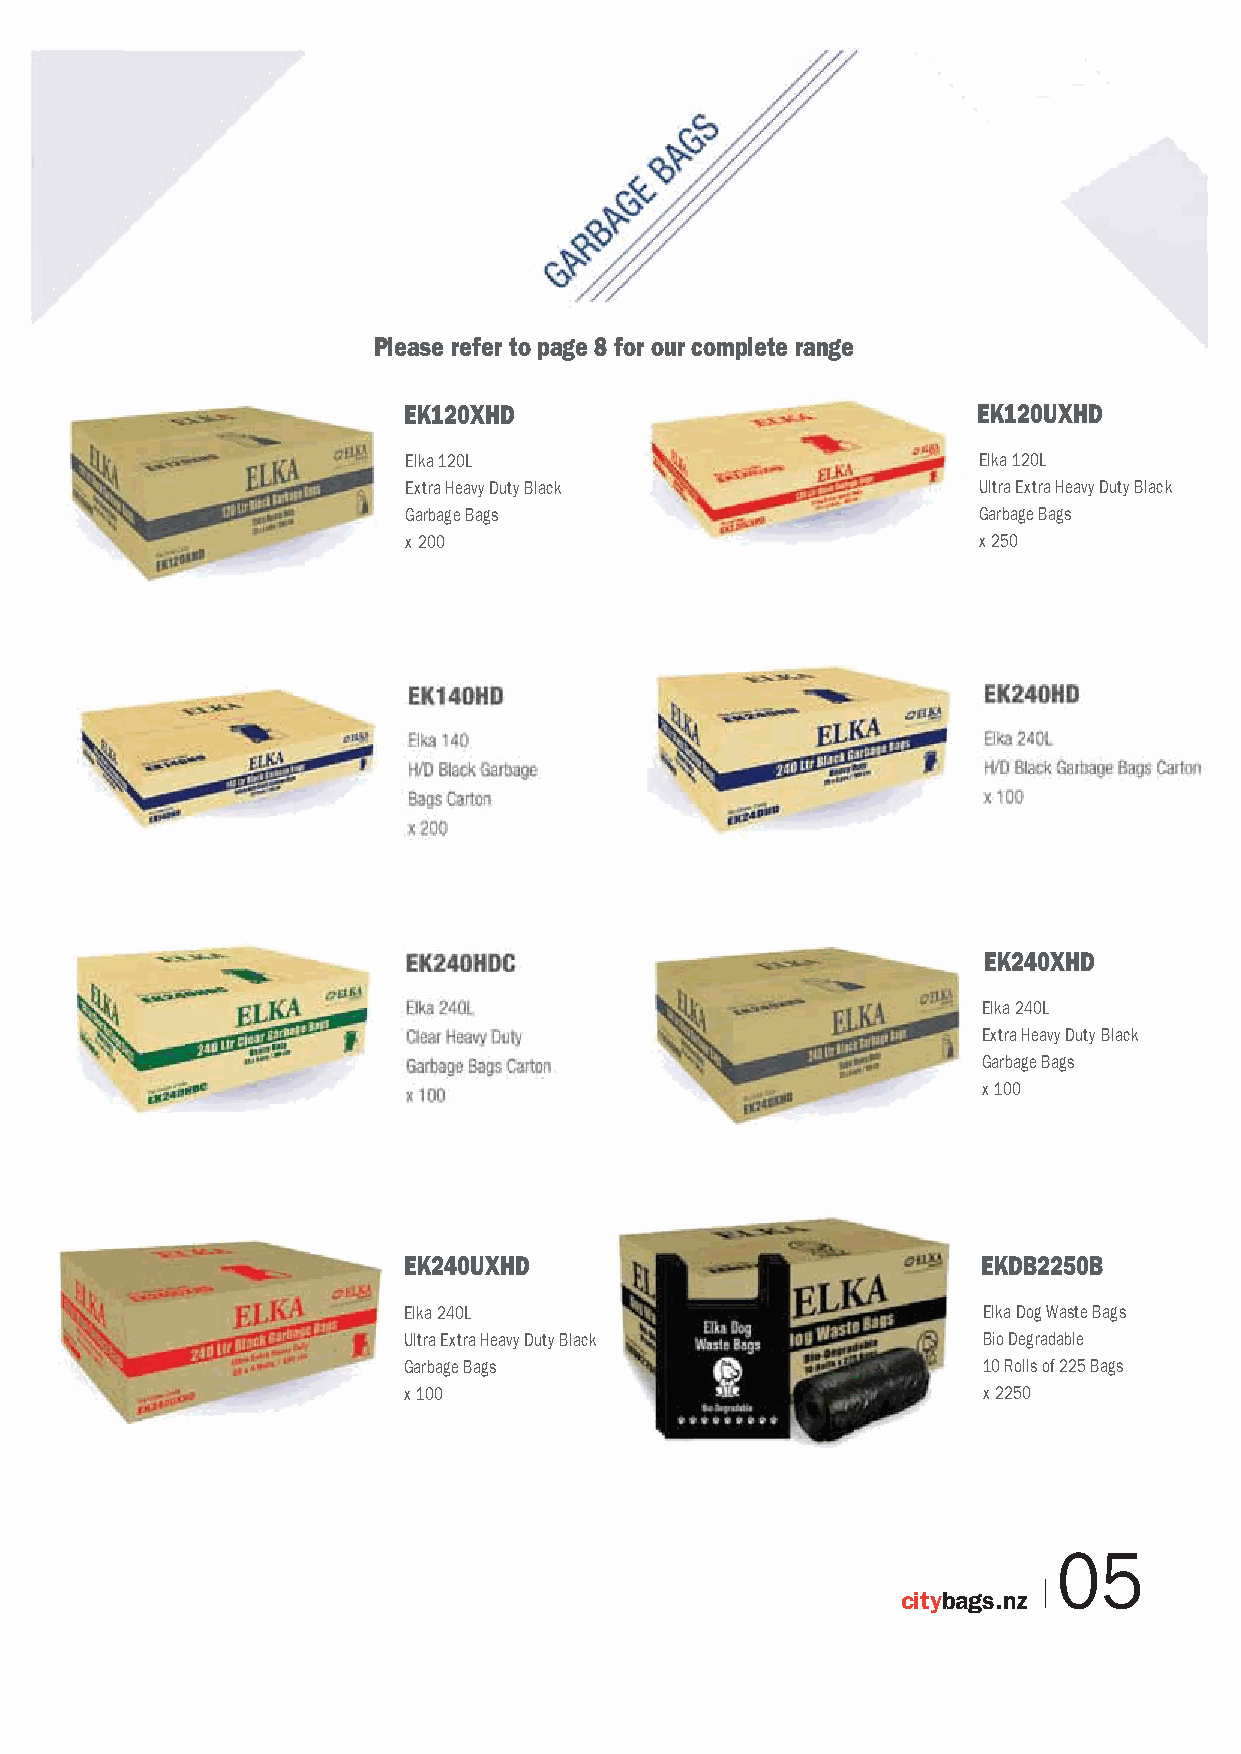
Please refer to page 8 for our complete range
 EK120XHD                              EK120UXHD
 Elka 120L                             Elka 120L
 Extra Heavy Duty Black                Ultra Extra Heavy Duty Black
 Garbage Bags                          Garbage Bags
 x 200                                 x 250
 EK240XHD
 Elka 240L
 Extra Heavy Duty Black
 Garbage Bags
 x 100
 EK240UXHD                             EKDB2250B
 Elka 240L                             Elka Dog Waste Bags
 Ultra Extra Heavy Duty Black          Bio Degradable
 Garbage Bags                          10 Rolls of 225 Bags
 x 100                                 x 2250
 05
 citybags.nz